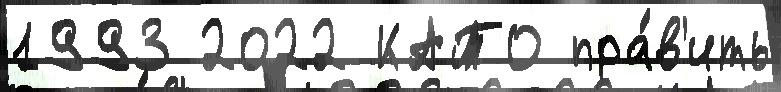
1993 2022 КАТО пра́в'ить